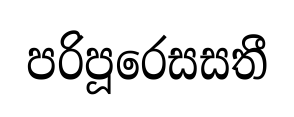
පරිපූරෙසසතී